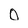
Character: o